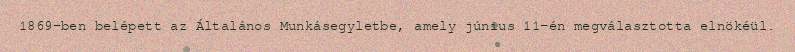
1869-ben belépett az Általános Munkásegyletbe, amely június 11-én megválasztotta elnökéül.